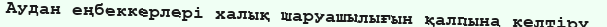
Аудан еңбеккерлері халық шаруашылығын қалпына келтіру,